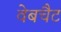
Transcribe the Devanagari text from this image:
वेबचैट